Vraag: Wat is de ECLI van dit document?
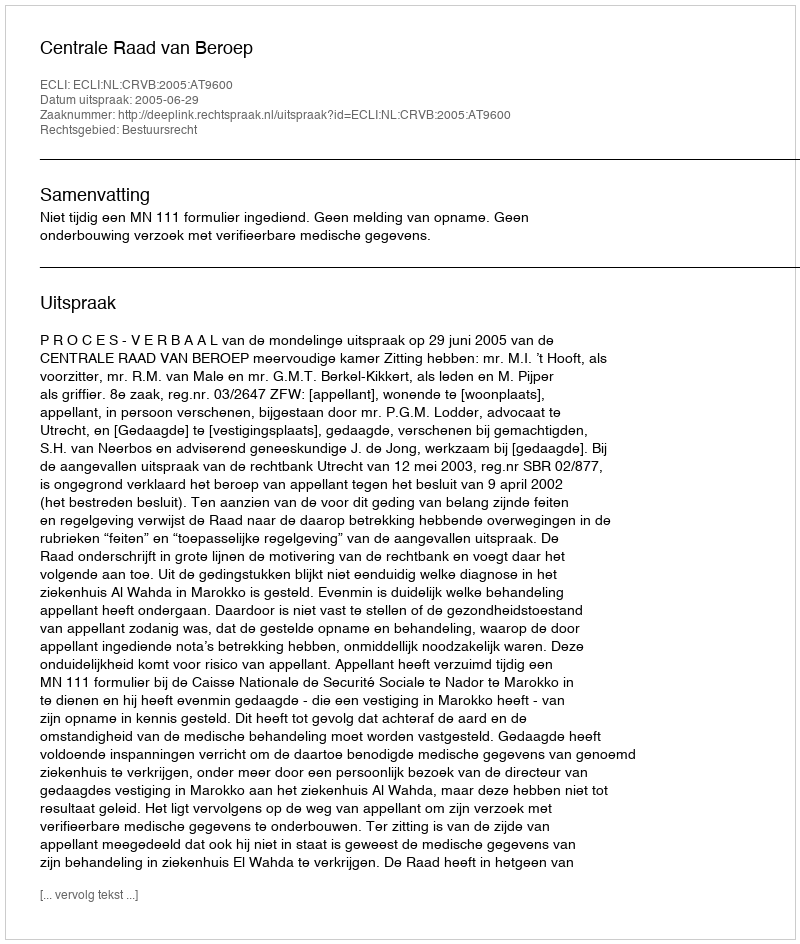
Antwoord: ECLI:NL:CRVB:2005:AT9600